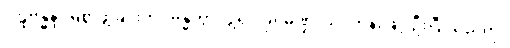
ဂါဠှဗန္ဓနံ၊ မြဲစွာဖွဲ့ခြင်းကို။ ဗန္ဓိတွာ၊ ဖွဲ့၍။ ခုရမုဏ္ဍံ၊ သင်တုန်းဖြင့် ဦးပြီးသည်ကို။